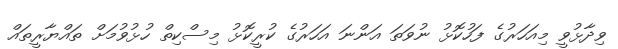
ވިދާޅުވީ މިއަހަރުގެ ފަހުކޮޅު ނުވަތަ އަންނަ އަހަރުގެ ކުރީކޮޅު މިސްކިތް ހުޅުވުމަށް ތައްޔާރީތައް